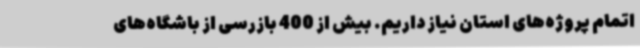
اتمام پروژه‌های استان نیاز داریم. بیش از 400 بازرسی از باشگاه‌های